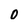
Character: 0